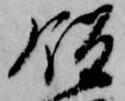
飯